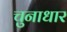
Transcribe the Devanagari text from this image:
चुनाधार